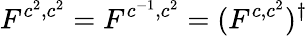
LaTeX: F^{c^{2},c^{2}}=F^{c^{-1},c^{2}}=(F^{c,c^{2}})^{\dagger}